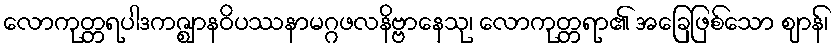
လောကုတ္တရပါဒကဇ္ဈာနဝိပဿနာမဂ္ဂဖလနိဗ္ဗာနေသု၊ လောကုတ္တရာ၏ အခြေဖြစ်သော ဈာန်၊